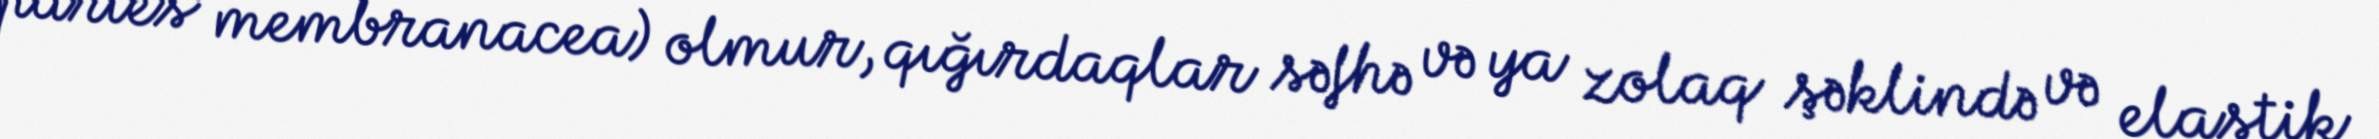
paries membranacea) olmur, qığırdaqlar səfhə və ya zolaq şəklində və elastik